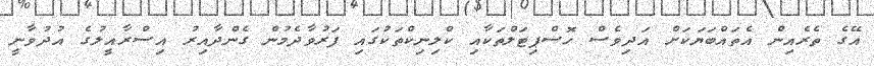
އޭގެ ތެރެއިން އެތައްބަޔަކަށް އަދިވެސް ހޮސްޕިޓަލްތަކާއި ކްލިނިކްތަކުގައި ފަރުވާދެމުން ގެންދާއިރު އިސްރާއީލުގެ އުދުވާނީ